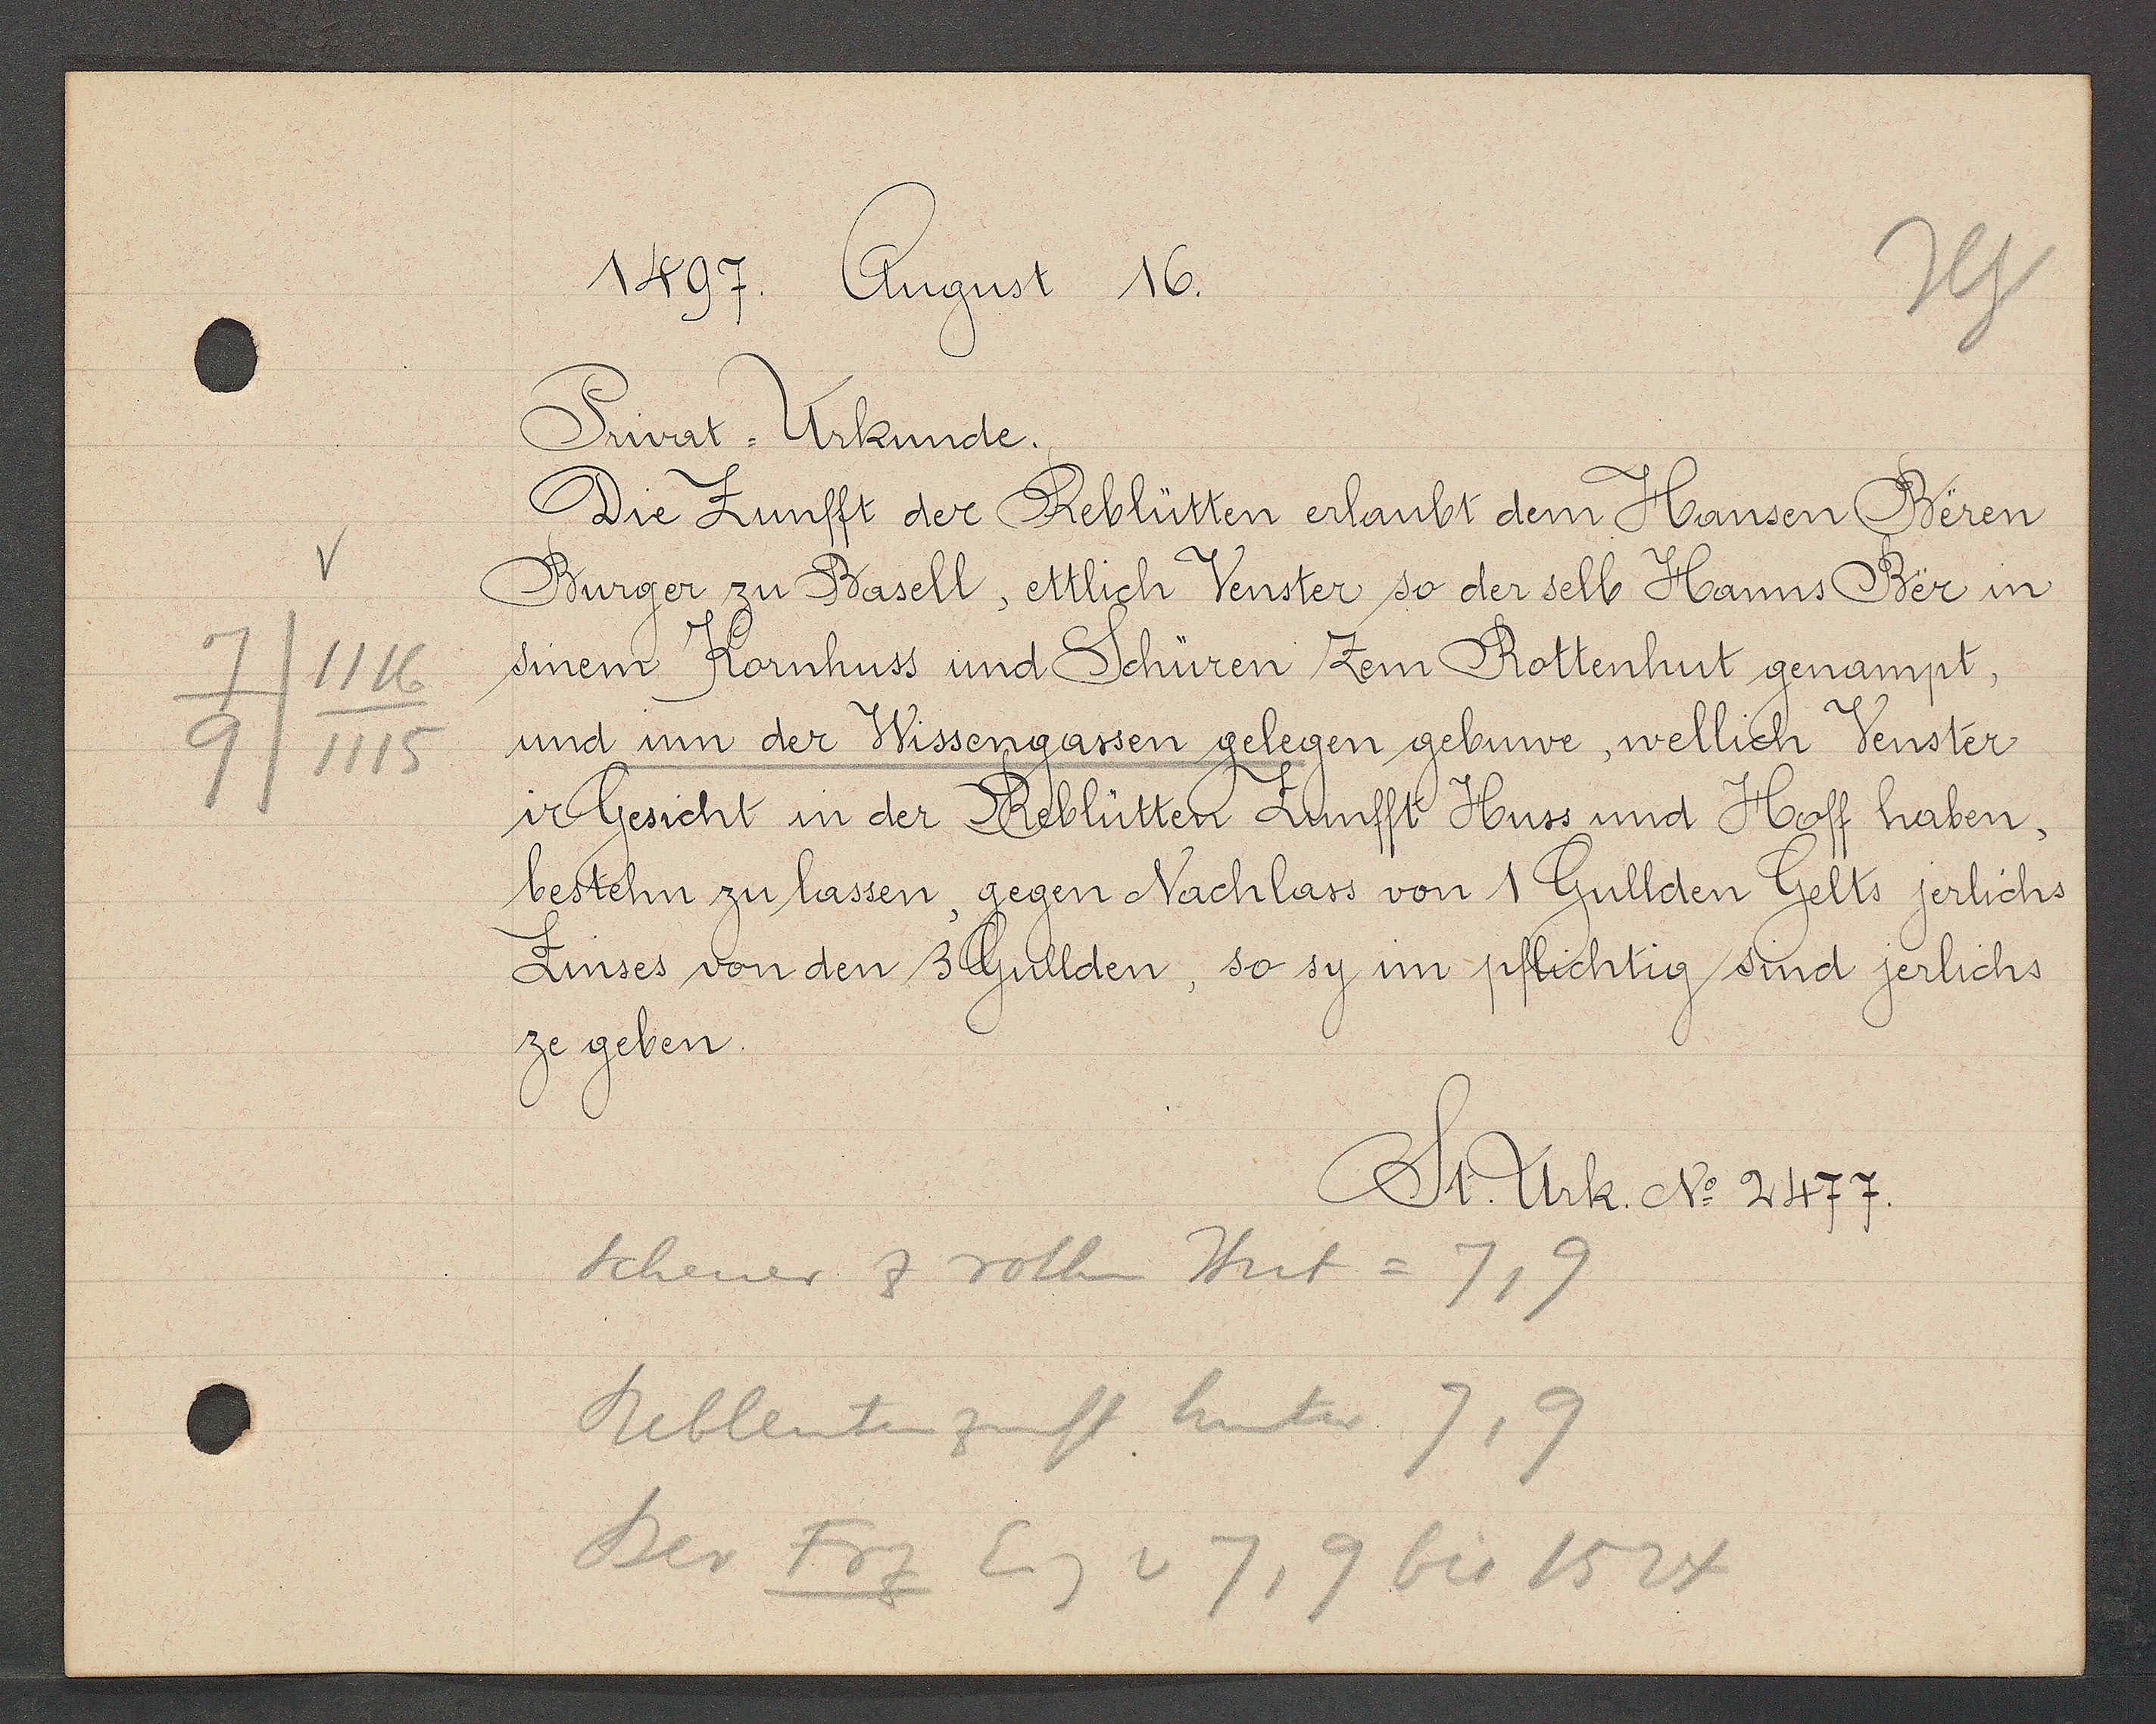
Transcript:
7/1116
9/1115

1497. August 16.
Privat-Urkunde.
Die Zunfft der Reblütten erlaubt dem Hansen Beren
Burger zu Basell, ettlich Venster so der selb Hanns Ber in
sinem Kornhuss und Schüren zem Rottenhut genampt,
und inn der Wissengassen gelegen gebuwe, wellich Venster
ir Gesicht in der Reblütten Zunfft Huss und Hoff haben,
bestehn zu lassen, gegen Nachlass von 1 Gullden Gelts jerlichs
Zinses von den 3 Gullden, so sy im pflichtig sind jerlichs
ze geben.

St. Urk. No. 2477.

Schener & rothen Hut = 7,9
Rebleuten zunft hinter 7,9
Ber Fog Eig v  7,9 bis 1524